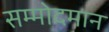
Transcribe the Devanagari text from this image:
सम्मोदमान